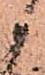
御